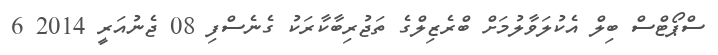
ސްޕޯޓްސް ބިލް އެކުލަވާލުމަށް ބްރެޒިލްގެ ތަޖުރިބާކާރަކު ގެނެސްފި 08 ޖެނުއަރީ 2014 6